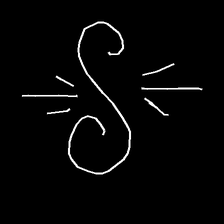
Glyph: wind-directs-air